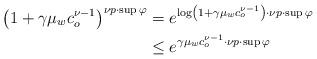
LaTeX: \begin{align*}\left(1+\gamma\mu_{w}c_{o}^{\nu-1}\right)^{\nu p\cdot\sup\varphi} & =e^{\log\left(1+\gamma\mu_{w}c_{o}^{\nu-1}\right)\cdot\nu p\cdot\sup\varphi}\\ & \leq e^{\gamma\mu_{w}c_{o}^{\nu-1}\cdot\nu p\cdot\sup\varphi}\end{align*}